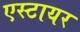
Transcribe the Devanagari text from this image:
एस्टायर